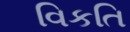
વિકતિ